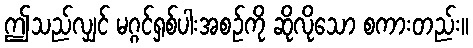
ဤသည်လျှင် မဂ္ဂင်ရှစ်ပါးအစဉ်ကို ဆိုလိုသော စကားတည်း။